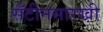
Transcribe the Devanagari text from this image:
सँटीनसारखी